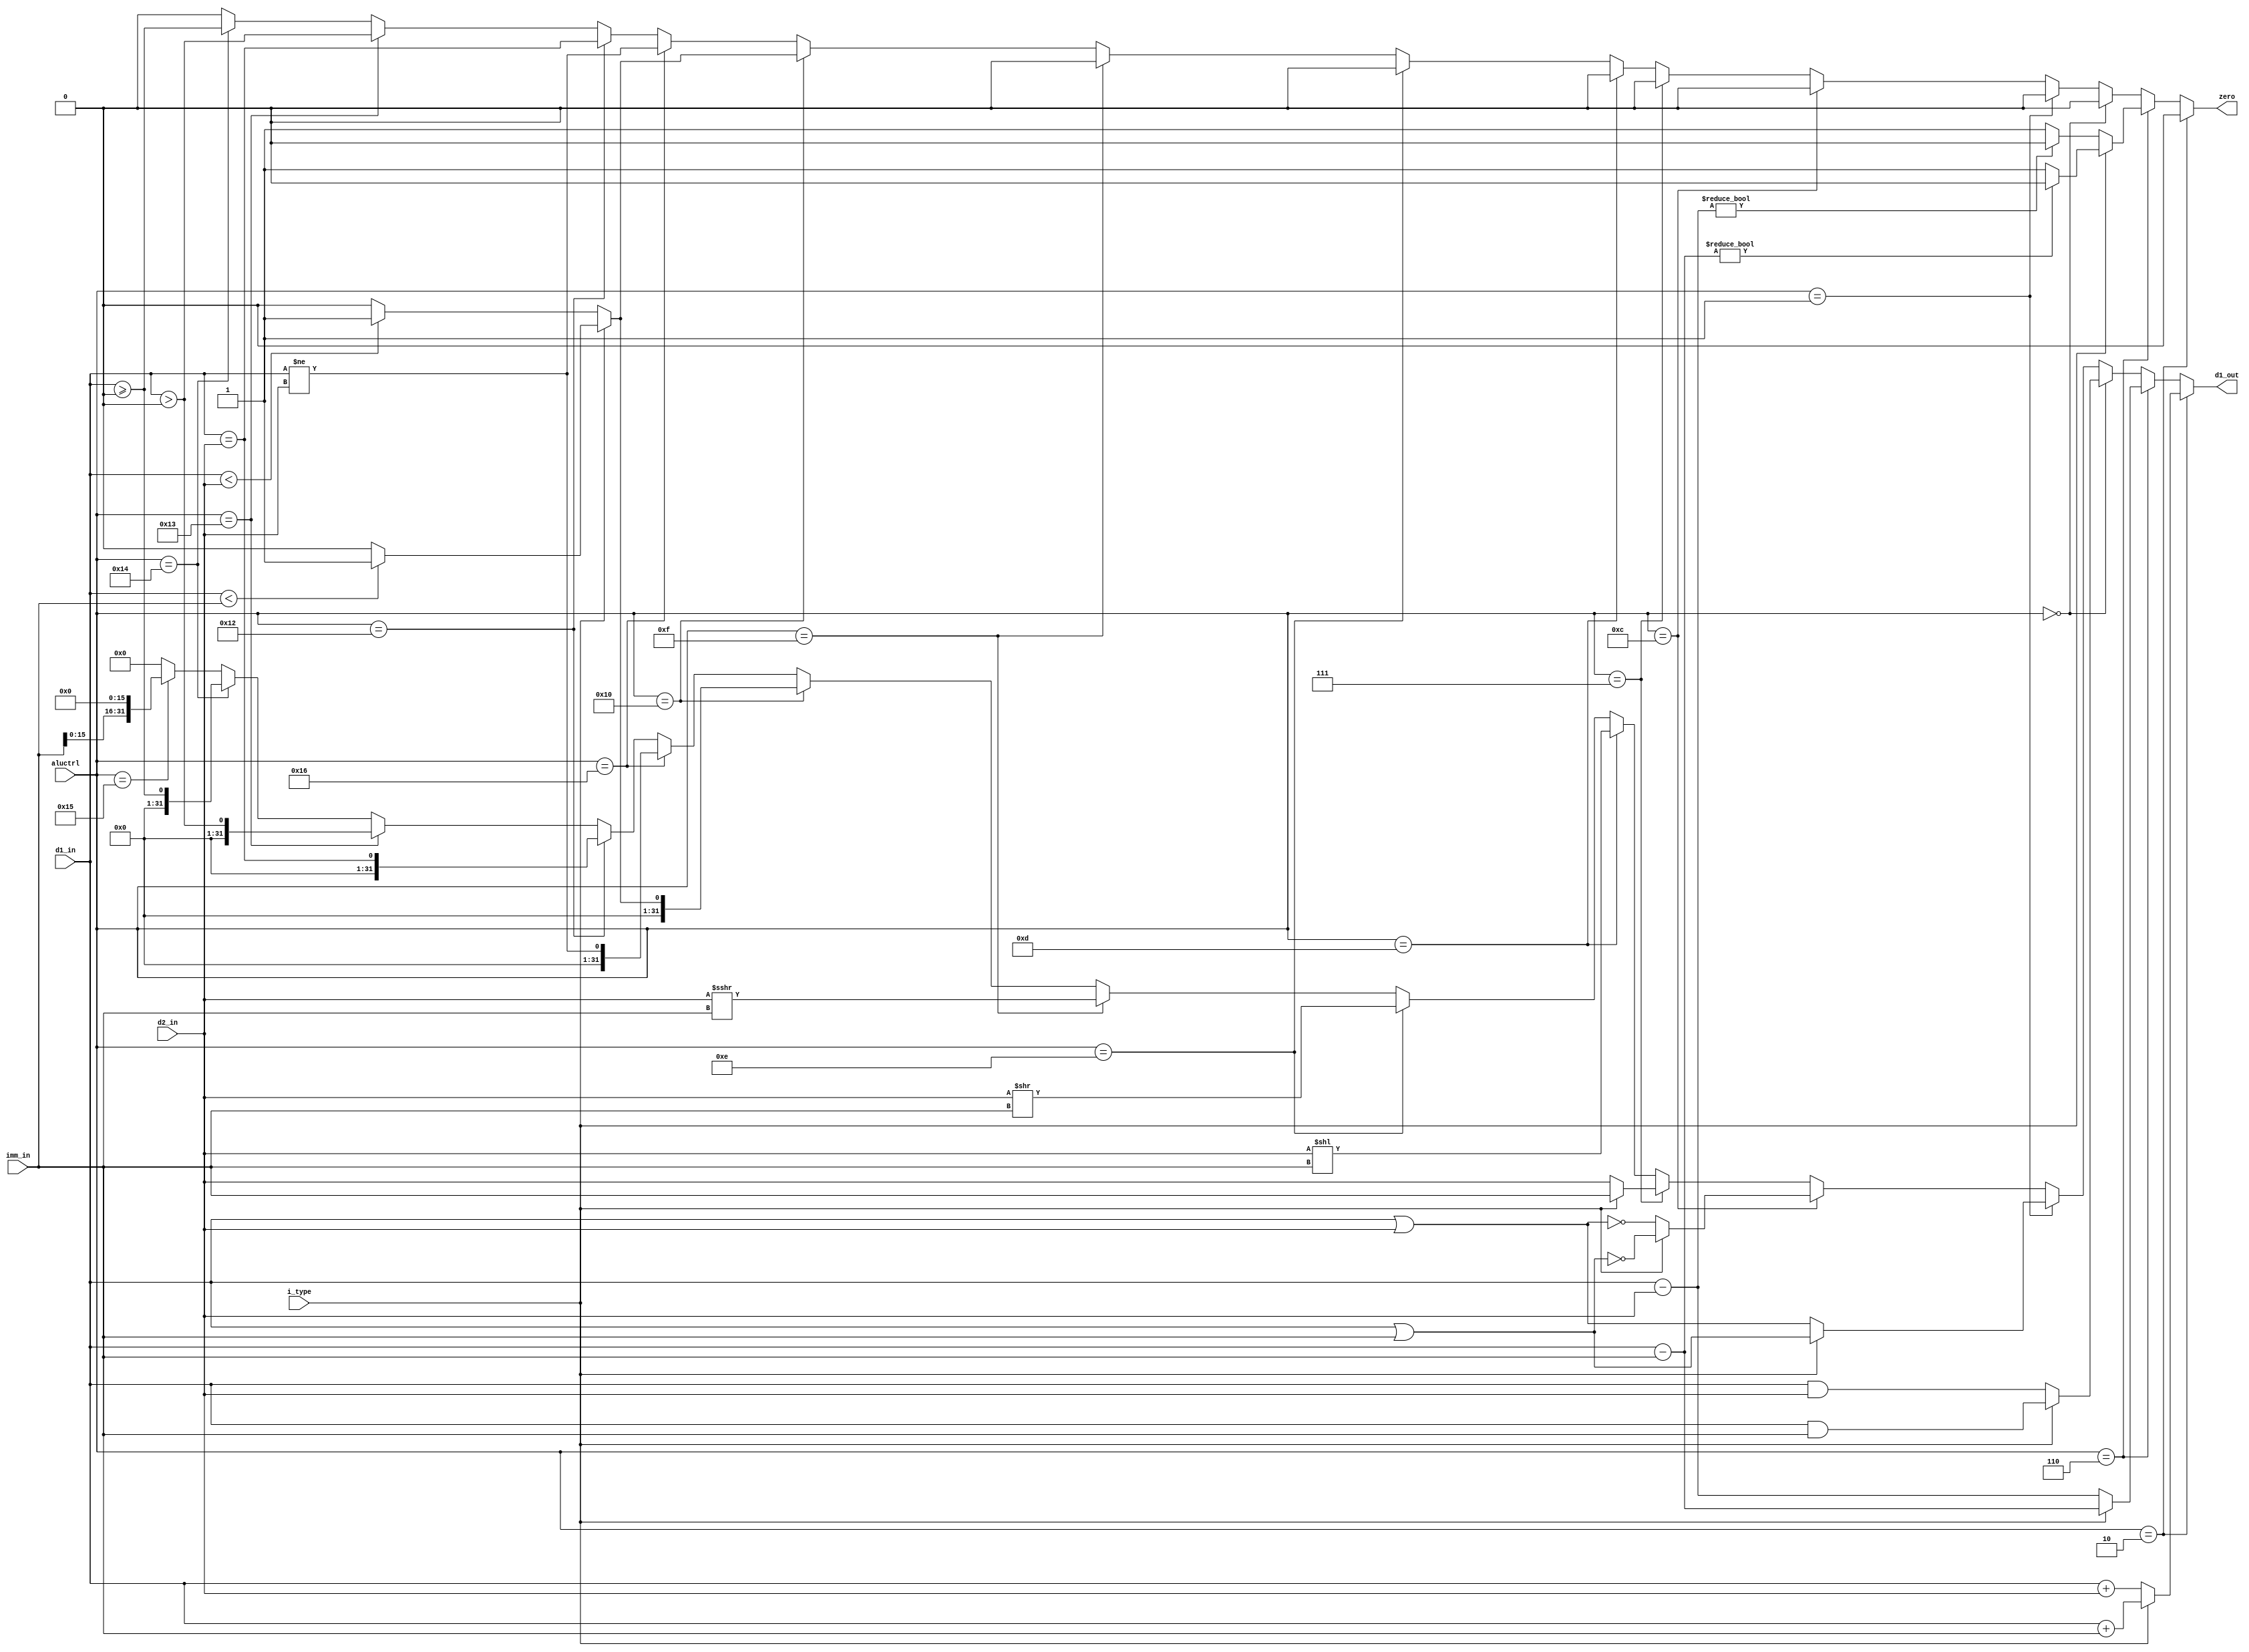
// takes care of ALU operations for: ADD, SUB, AND, OR, pass input d2, NOR
//									 Shift right/extend, shift left
//			including subu, andu. They do the same as add and sub rgiht now

module execution(
	input wire[31:0] d1_in,
	input wire[31:0] d2_in,
    input wire[31:0] imm_in,
    input wire i_type,
	input wire[4:0] aluctrl,
	output reg[31:0] d1_out,
	output reg zero			// this is the zero flag.. is ONE if result is ZERO
	);
	
	wire signed [31:0] signed_d1_in;
	wire signed [31:0] signed_d2_in;
    wire signed [31:0] signed_imm_in;
	
	assign signed_d1_in = d1_in;
	assign signed_d2_in = d2_in;
    assign signed_imm_in = imm_in;
	
	always @(*) begin
		if (aluctrl == 5'b00010) begin
			// add
			if (i_type == 1'b1) begin
                d1_out <= d1_in + imm_in;
            end else begin
                d1_out <= d1_in + d2_in;
            end
			zero <= 0;
		end else if (aluctrl == 5'b00110) begin
			// sub
			if (i_type == 1'b1) begin
                zero <= d1_in - imm_in ? 1'b0: 1'b1;
                d1_out <= d1_in - imm_in;
            end else begin
                zero <= d1_in - d2_in ? 1'b0 : 1'b1; // set zero flag = 1 if result is 0
                d1_out <= d1_in - d2_in;
            end
		end else if (aluctrl == 5'b00000) begin
			// AND
			if (i_type == 1'b1) begin
                d1_out <= d1_in & imm_in;
            end else begin
                d1_out <= d1_in & d2_in;
            end
			zero <= 0;
		end else if (aluctrl == 5'b00001) begin
			// OR
			if (i_type == 1'b1) begin
                d1_out <= d1_in | imm_in;
            end else begin
                d1_out <= d1_in | d2_in;
            end
			zero <= 0;
		end else if (aluctrl == 5'b01100) begin
			// NOR
			if (i_type == 1'b1) begin
                d1_out <= ~(d1_in | imm_in);
            end else begin
                d1_out <= ~(d1_in | d2_in);
            end
			zero <= 0;
		end else if (aluctrl == 5'b00111) begin
			// pass input (either d2 or imm)
			if (i_type == 1'b1) begin
                d1_out <= imm_in;
            end else begin
                d1_out <= d2_in;
            end
			zero <= 0;
		end else if (aluctrl == 5'b01101) begin
			// shift left
			d1_out <= (d2_in << imm_in);
			zero <= 0;
		end else if (aluctrl == 5'b01110) begin
			// shift right
			d1_out <= (d2_in >> imm_in);
			zero <= 0;
		end else if (aluctrl == 5'b01111) begin
			// shift right, sign extend
			d1_out <= (d2_in >>> imm_in);
			zero <= 0;
		end else if (aluctrl == 5'b10000) begin
			// slt -- set less than. R[rd] = (R[rs] < R[rt] ? 1 : 0
			if (i_type) begin
                d1_out <= signed_d1_in < signed_imm_in ? 1 : 0;
                zero <= signed_d1_in < signed_imm_in ? 1'b1 : 1'b0; // zero flag for branch on less than
            end else begin
                d1_out <= signed_d1_in < signed_d2_in ? 1 : 0;
                zero <= signed_d1_in < signed_d2_in ? 1'b1 : 1'b0; // zero flag for branch on less than
            end
        end else if (aluctrl == 5'b10110) begin
            // BNE
            d1_out <= (d1_in != d2_in);
            zero <= (d1_in != d2_in);
        end else if (aluctrl == 5'b10010) begin
            // BEQ
            d1_out <= (d1_in == d2_in);
            zero <= (d1_in == d2_in);
        end else if (aluctrl == 5'b10011) begin
            // BGTZ
            d1_out <= (d1_in > 0);
            zero <= (d1_in > 0);
        end else if (aluctrl == 5'b10100) begin
            // BGEZ
            d1_out <= (d1_in >= 0);
            zero <= (d1_in >= 0);
        end else if (aluctrl == 5'b10101) begin
            // LUI
            d1_out <= (imm_in << 16);
            zero <= 0;
		end else begin
			d1_out <= 0;
			zero <= 1'b0;
		end
	end
endmodule